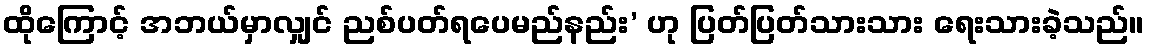
ထိုကြောင့် အဘယ်မှာလျှင် ညစ်ပတ်ရပေမည်နည်း’ ဟု ပြတ်ပြတ်သားသား ရေးသားခဲ့သည်။